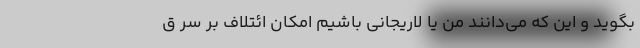
بگوید و این که می‌دانند من یا لاریجانی باشیم امکان ائتلاف بر سر ق